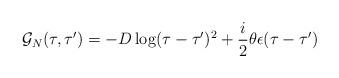
LaTeX: \begin{align*}{\cal G}_N(\tau,\tau')=-D \log (\tau -\tau')^2 +\frac i2 \theta\epsilon (\tau -\tau') \end{align*}